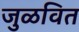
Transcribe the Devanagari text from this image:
जुळवित